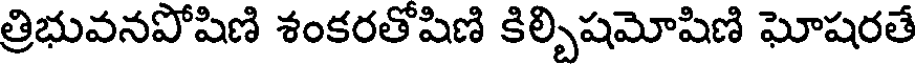
త్రిభువనపోషిణి శంకరతోషిణి కిల్చిషమోషిణి ఘోషరతే